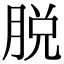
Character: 脱